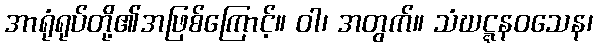
အာရုံရုပ်တို့၏အဖြစ်ကြောင့်။ ဝါ၊ အတွက်။ သံဃဋ္ဋနဝသေန၊